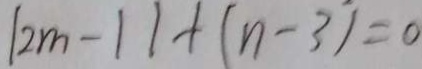
[ 2 m - 1 ] + ( n - 3 ) = 0